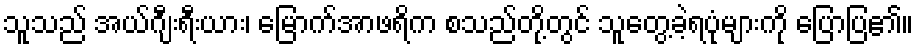
သူသည် အယ်ဂျီးရီးယား၊ မြောက်အာဖရိက စသည်တို့တွင် သူတွေ့ခဲ့ရပုံများကို ပြောပြ၏။